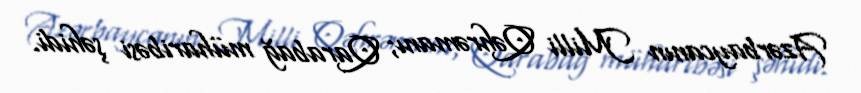
Azərbaycanın Milli Qəhrəmanı; Qarabağ müharibəsi şəhidi.